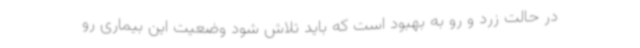
در حالت زرد و رو به بهبود است که باید تلاش شود وضعیت این بیماری رو